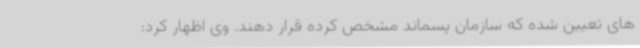
های تعیین شده که سازمان پسماند مشخص کرده قرار دهند. وی اظهار کرد: